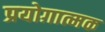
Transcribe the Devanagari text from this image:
प्रयोग़ात्मक